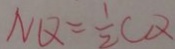
N Q = \frac { 1 } { 2 } C Q